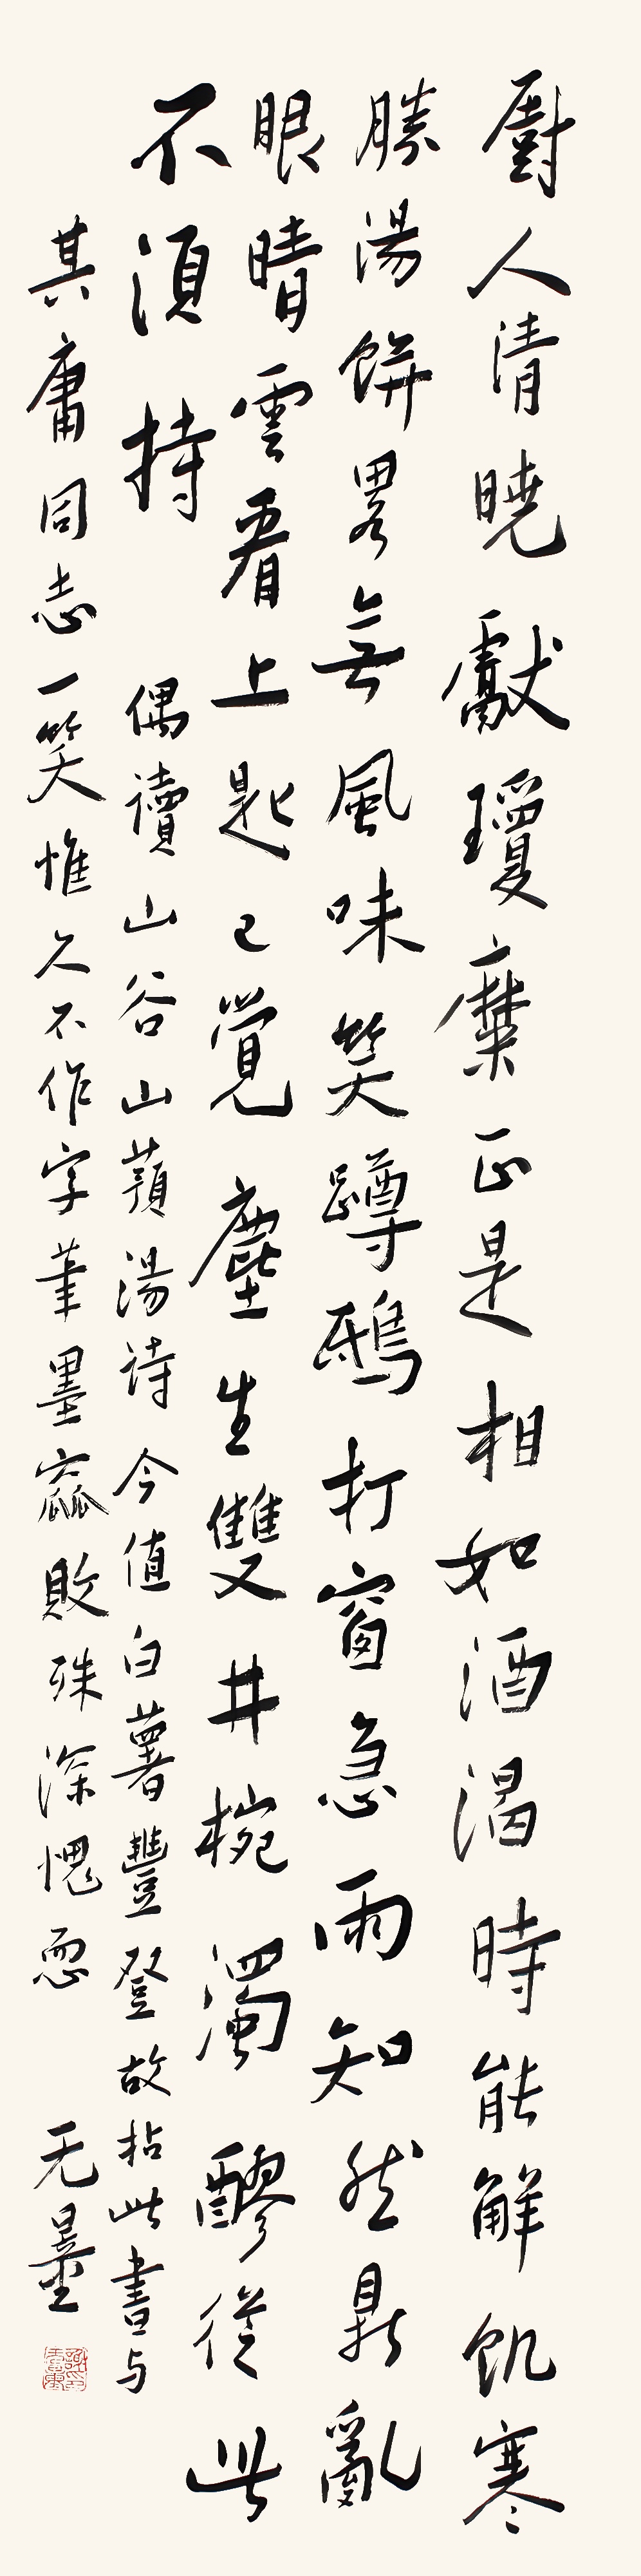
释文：厨人清晓献琼糜，正是相如酒渴时。能解饥寒胜汤饼，略无风味笑蹲鸱。打窗急雨知然鼎，乱眼晴云看上匙。已觉尘生双井椀，浊醪从此不须持。偶读山谷《山蓣汤》诗，今值白薯丰登，故拈此书与其庸同志一笑，惟久不作字，笔墨窳败，殊深愧恧，无量。